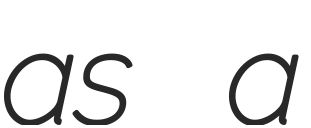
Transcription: as a